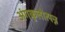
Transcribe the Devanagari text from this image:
अंगकुलोत्पन्न